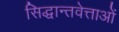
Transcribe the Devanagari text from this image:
सिद्धान्तवेत्ताओं